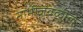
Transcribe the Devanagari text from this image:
नाभीजवळील